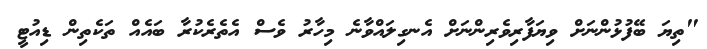
"ތިޔަ ބޭފުޅުންނަށް ވިޔަފާރިވެރިންނަށް އެނގިލައްވާނެ މިހާރު ވެސް އެތެރެކުރާ ބައެއް ތަކެތިން ޑިއުޓީ